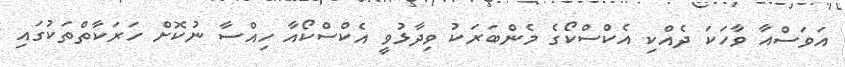
އަވަސްއާ ވާހަކަ ދެއްކި އެކްސްކޯގެ މެންބަރަކު ވިދާޅުވީ އެކްސްކޯއާ ހިއްސާ ނުކޮށް ހަރަކާތްތަކުގައި